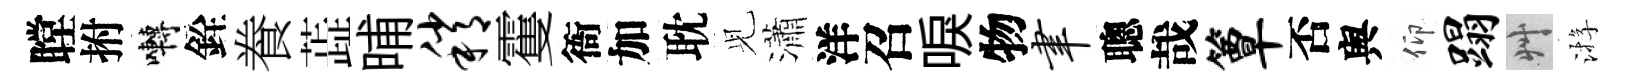
瞠拊囀銓飬蕋晡稍䨥衙加耽𫤗瀟洋召唳物聿聰哉簟否舆仰蹋艸㳺